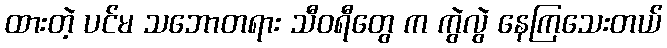
ထားတဲ့ ပင်မ သဘောတရား သီဝရီတွေ က ကွဲလွဲ နေကြသေးတယ်